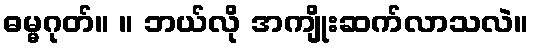
ဓမ္မဂုတ်။ ။ ဘယ်လို အကျိုးဆက်လာသလဲ။